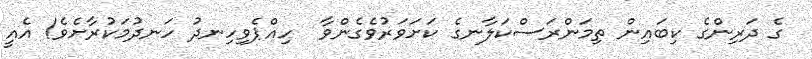
ގެ ދަރިންގެ ކިބައިން ތިމަންރަސްކަލާނގެ ކަށަވަރުވެގެންވާ  ހިއްޕެވިހިނދު ހަނދުމަކުރާށެވެ! އެއީ